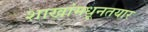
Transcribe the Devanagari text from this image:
शाखांमधूनतयार